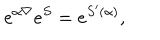
LaTeX: e ^ { \alpha \nabla } e ^ { S } = e ^ { S ^ { \prime } ( \alpha ) } ,